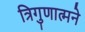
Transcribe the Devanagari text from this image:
त्रिगुणात्मने